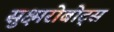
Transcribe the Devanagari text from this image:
सुक्ष्मरोबोट्स